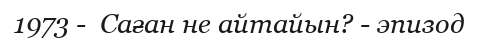
1973 -  Саған не айтайын? - эпизод